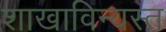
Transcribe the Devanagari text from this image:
शाखाविन्यस्त